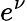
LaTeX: e^{\nu}